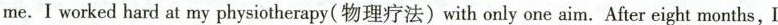
me.I worked hard at my physiotherapy(物理疗法)with only one aim. After eight months, I